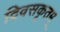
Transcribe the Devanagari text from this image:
दिवसकृतम्‌